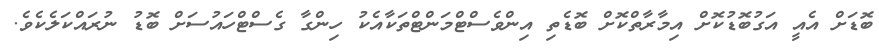
ބޮޑަށް އެއީ އަގުބޮޑުކޮށް އިމާރާތްކޮށް ބޮޑެތި އިންވެސްޓްމަންޓްތަކާއެކު ހިންގާ ގެސްޓްހައުސަށް ބޮޑު ނުރައްކަލެކެވެ.